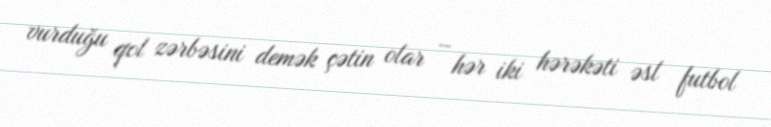
vurduğu qol zərbəsini demək çətin olar – hər iki hərəkəti əsl futbol